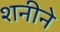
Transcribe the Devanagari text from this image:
शनीने